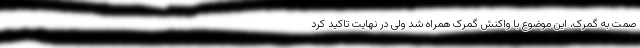
صمت به گمرک، این موضوع با واکنش گمرک همراه شد ولی در نهایت تاکید کرد